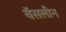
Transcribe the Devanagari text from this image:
वॅसलीन